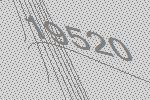
19520